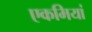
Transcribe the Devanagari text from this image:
एकमियां